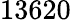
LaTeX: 13620